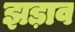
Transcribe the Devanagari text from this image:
झड़ाव